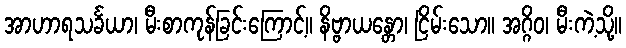
အာဟာရသင်္ခယာ၊ မီးစာကုန်ခြင်းကြောင့်။ နိဗ္ဗာယန္တော၊ ငြိမ်းသော။ အဂ္ဂိဝ၊ မီးကဲ့သို့။